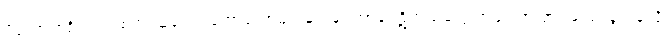
ပိတောက်ရိပ်ဝယ် စတဲ့ သူ့တေး တော်တော်များများမှာ အာမေဋိတ်သံတွေ အများအပြား ထည့်သွင်းခဲ့လို့